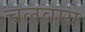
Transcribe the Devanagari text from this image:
चलवाये